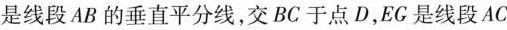
是线段A B的垂直平分线，交B C于点D，E G是线段A C